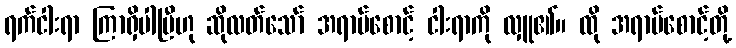
ရက်ငါးရာ ကြာရှိပါပြီဟု ဆိုလတ်သော် အရာမ်စောင့် ငါးရာကို လှူ၏။ ထို အရာမ်စောင့်တို့